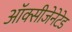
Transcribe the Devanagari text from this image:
ऑक्सीजेनेटेड